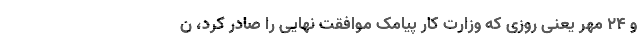
و ۲۴ مهر یعنی روزی که وزارت کار پیامک موافقت نهایی را صادر کرد، ن